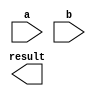
module dadda_multiplier(
    input [7:0] a,
    input [7:0] b,
    output reg [15:0] result
);

wire [15:0] partial_products [7:0];

// Generate partial products
genvar i;
generate
    for (i = 0; i < 8; i = i + 1) begin : PARTIAL_PRODUCT_GEN
        assign partial_products[i] = {8'b0, a} & {8{b[i]}};
    end
endgenerate

// Generate Dadda tree structure with adders and shifters
genvar j;
generate
    for (j = 0; j < 3; j = j + 1) begin : DADDA_TREE_GEN
        //Adder stage
        for (i = 0; i < (8 - j); i = i + 3) begin : ADDER_STAGE
            assign partial_products[i+j+2] = partial_products[i] + partial_products[i+1] + partial_products[i+2];
        end
        
        //Shifter stage
        for (i = 0; i < (8 - j); i = i + 3) begin : SHIFTER_STAGE
            assign partial_products[i+j+2] = partial_products[i+j+2] << 1;
        end
    end
endgenerate

assign result = partial_products[15];

endmodule